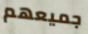
جميعهم